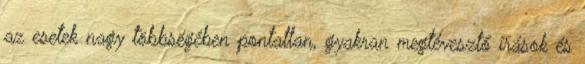
az esetek nagy többségében pontatlan, gyakran megtévesztő írások és